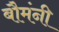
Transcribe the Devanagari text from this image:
बौमंनी